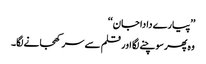
’’پیارے دادا جان‘‘
وہ پھر سوچنے لگا اور قلم سے سر کھجانے لگا۔